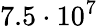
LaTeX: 7.5\cdot 10^{7}